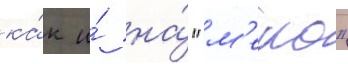
ка́к и́ на́ "м'еко"